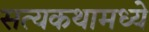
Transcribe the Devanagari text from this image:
सत्यकथामध्ये